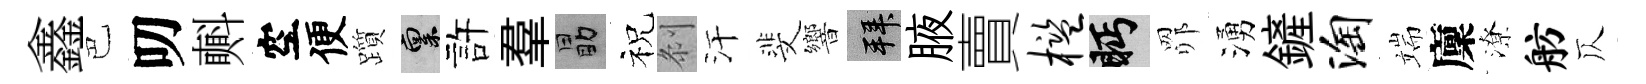
鑫巴叨㪺空便躓禀許羣勗祝𠛴汗斐響拜腋賣槛眄𦊑湧鏟淘端廩潦舫仄